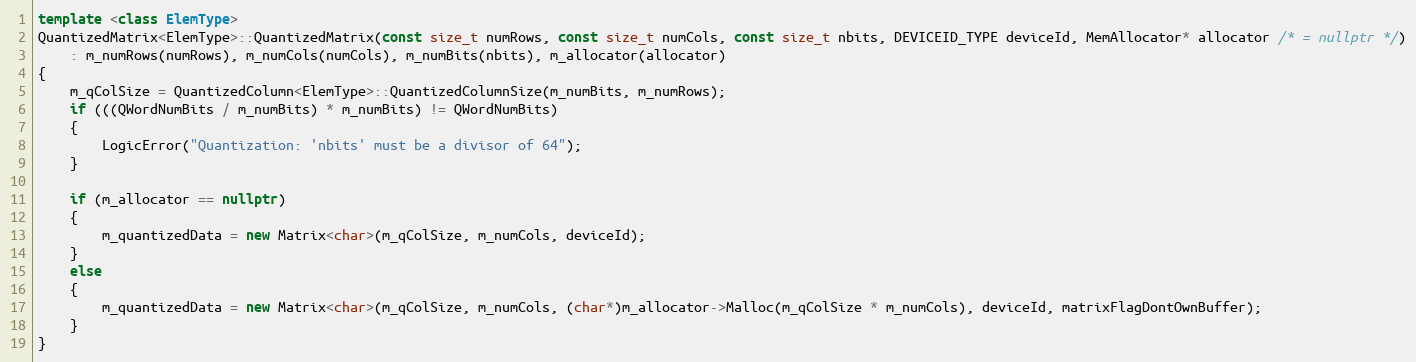
Language: C++
template <class ElemType>
QuantizedMatrix<ElemType>::QuantizedMatrix(const size_t numRows, const size_t numCols, const size_t nbits, DEVICEID_TYPE deviceId, MemAllocator* allocator /* = nullptr */)
    : m_numRows(numRows), m_numCols(numCols), m_numBits(nbits), m_allocator(allocator)
{
    m_qColSize = QuantizedColumn<ElemType>::QuantizedColumnSize(m_numBits, m_numRows);
    if (((QWordNumBits / m_numBits) * m_numBits) != QWordNumBits)
    {
        LogicError("Quantization: 'nbits' must be a divisor of 64");
    }

    if (m_allocator == nullptr)
    {
        m_quantizedData = new Matrix<char>(m_qColSize, m_numCols, deviceId);
    }
    else
    {
        m_quantizedData = new Matrix<char>(m_qColSize, m_numCols, (char*)m_allocator->Malloc(m_qColSize * m_numCols), deviceId, matrixFlagDontOwnBuffer);
    }
}